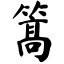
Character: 篙